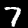
Label: 7